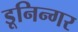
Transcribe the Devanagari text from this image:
डूनिन्गर